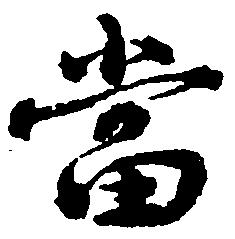
当